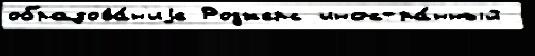
образова́н'иjе Роджерс иностра́нный